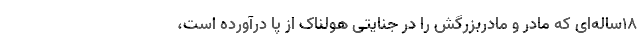
۱۸ساله‌ای که مادر و مادربزرگش را در جنایتی هولناک از پا درآورده است،